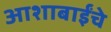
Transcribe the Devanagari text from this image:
आशाबाईंचे